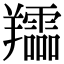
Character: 𦏪